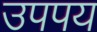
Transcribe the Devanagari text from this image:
उपपय